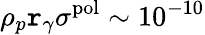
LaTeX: \rho_{p}\mathtt{r}_{\gamma}\sigma^{\mathrm{{pol}}}\sim10^{-10}